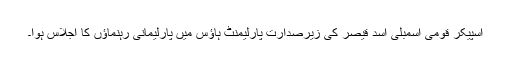
اسپیکر قومی اسمبلی اسد قیصر کی زیرصدارت پارلیمنٹ ہاؤس میں پارلیمانی رہنماؤں کا اجلاس ہوا۔